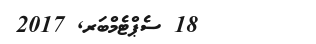
18 ސެޕްޓެމްބަރ